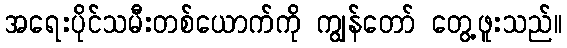
အရေးပိုင်သမီးတစ်ယောက်ကို ကျွန်တော် တွေ့ဖူးသည်။